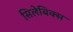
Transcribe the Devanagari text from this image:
सिलेबिक्स